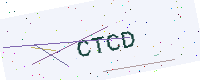
Text: CTCD